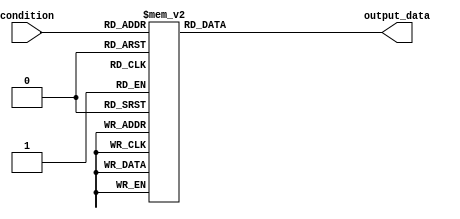
module full_case_statement(
    input [2:0] condition,
    output reg [7:0] output_data
);

always @(*)
begin
    case(condition)
        3'b000: output_data = 8'b00000001; // Define action for condition 000
        3'b001: output_data = 8'b00000010; // Define action for condition 001
        3'b010: output_data = 8'b00000100; // Define action for condition 010
        3'b011: output_data = 8'b00001000; // Define action for condition 011
        3'b100: output_data = 8'b00010000; // Define action for condition 100
        3'b101: output_data = 8'b00100000; // Define action for condition 101
        3'b110: output_data = 8'b01000000; // Define action for condition 110
        3'b111: output_data = 8'b10000000; // Define action for condition 111
        default: output_data = 8'b00000000; // Default action
    endcase
end

endmodule